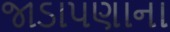
જાડાપણાના